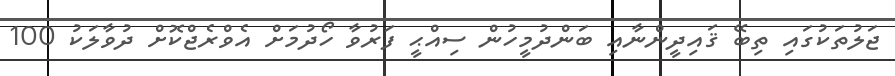
ޖަލުތަކުގައި ތިބޭ ޤައިދީންނާއި ބަންދުމީހުން ސިއްޙީ ފަރުވާ ހޯދުމަށް އެވްރެޖްކޮށް ދުވާލަކު 100